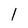
Character: l